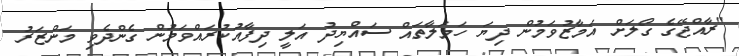
"ރާއްޖޭގެ ގޯލަށް އަމާޒުވަމުން ދިޔަ ހަމަލާތައް ސައްޔިދު އަލީ ދިފާއުކުރައްވަމުން ގެންދެވި މަންޒަރު